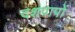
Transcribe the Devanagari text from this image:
दशपापों